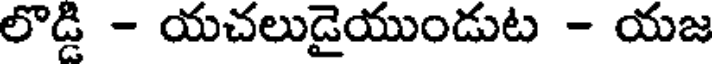
లొడ్డి - యచలుడైయుండుట - యజ